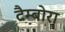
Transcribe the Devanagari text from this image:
टैम्बोरा